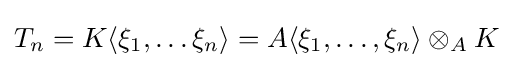
T_{n}=K\langle \xi _{1},\dots \xi _{n}\rangle =A\langle \xi _{1},\dots ,\xi _{n}\rangle \otimes _{A}K